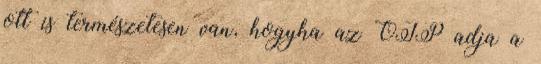
ott is természetesen van, hogyha az OTP adja a